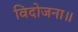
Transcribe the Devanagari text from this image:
विदोजना॥